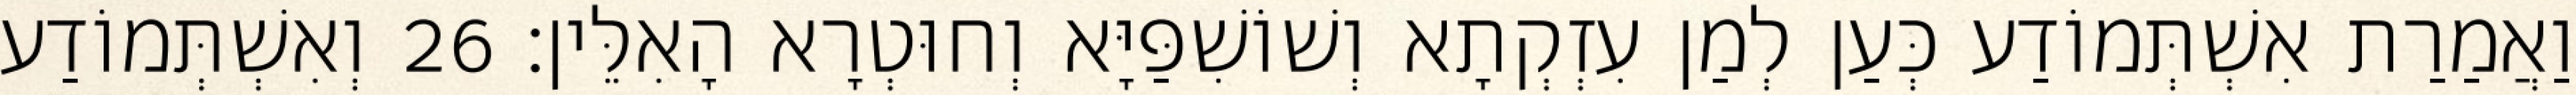
וַאֲמַרַת אִשְׁתְּמוֹדַע כְּעַן לְמַן עִזְקְתָא וְשׁוֹשִׁפַּיָּא וְחוּטְרָא הָאִלֵּין׃ 26 וְאִשְׁתְּמוֹדַע